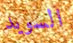
السويد